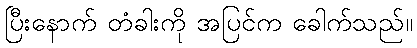
ပြီးနောက် တံခါးကို အပြင်က ခေါက်သည်။